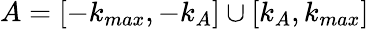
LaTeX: A=[-k_{max},-k_{A}]\cup[k_{A},k_{max}]